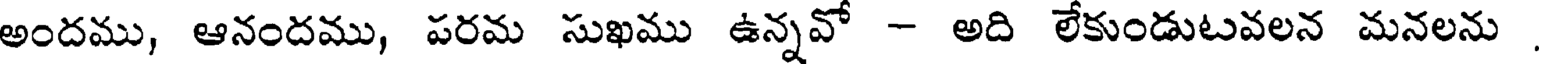
అందము, ఆనందము, పరమ సుఖము ఉన్నవో - అది లేకుండుటవలన మనలను